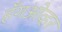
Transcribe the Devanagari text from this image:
हँगओव्हर